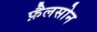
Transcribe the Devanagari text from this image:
फ़ैलसोन